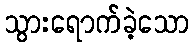
သွားရောက်ခဲ့သော